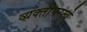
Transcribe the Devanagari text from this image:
व्यक्तीपरत्वे